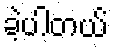
ခဲ့ပါတယ်